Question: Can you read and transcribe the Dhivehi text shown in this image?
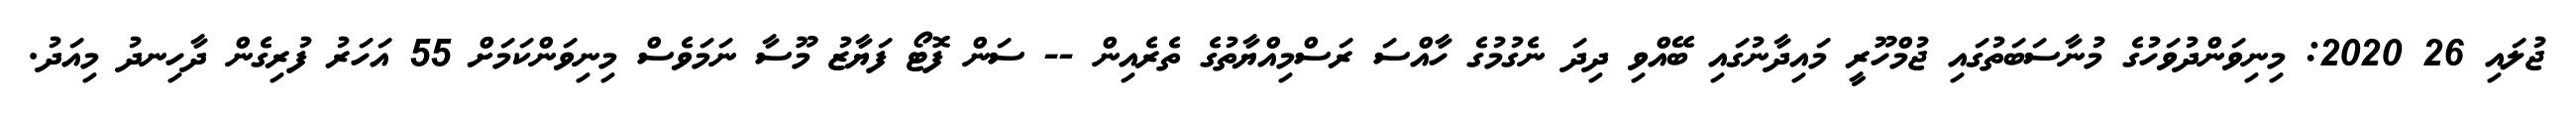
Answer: ޖުލައި 26 2020: މިނިވަންދުވަހުގެ މުނާސަބަތުގައި ޖުމްހޫރީ މައިދާނުގައި ބޭއްވި ދިދަ ނެގުމުގެ ހާއްސަ ރަސްމިއްޔާތުގެ ތެރެއިން -- ސަން ފޮޓޯ ފަޔާޒު މޫސާ ނަމަވެސް މިނިވަންކަމަށް 55 އަހަރު ފުރިގެން ދާހިނދު މިއަދު.